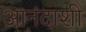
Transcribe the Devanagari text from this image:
आनंदाशी